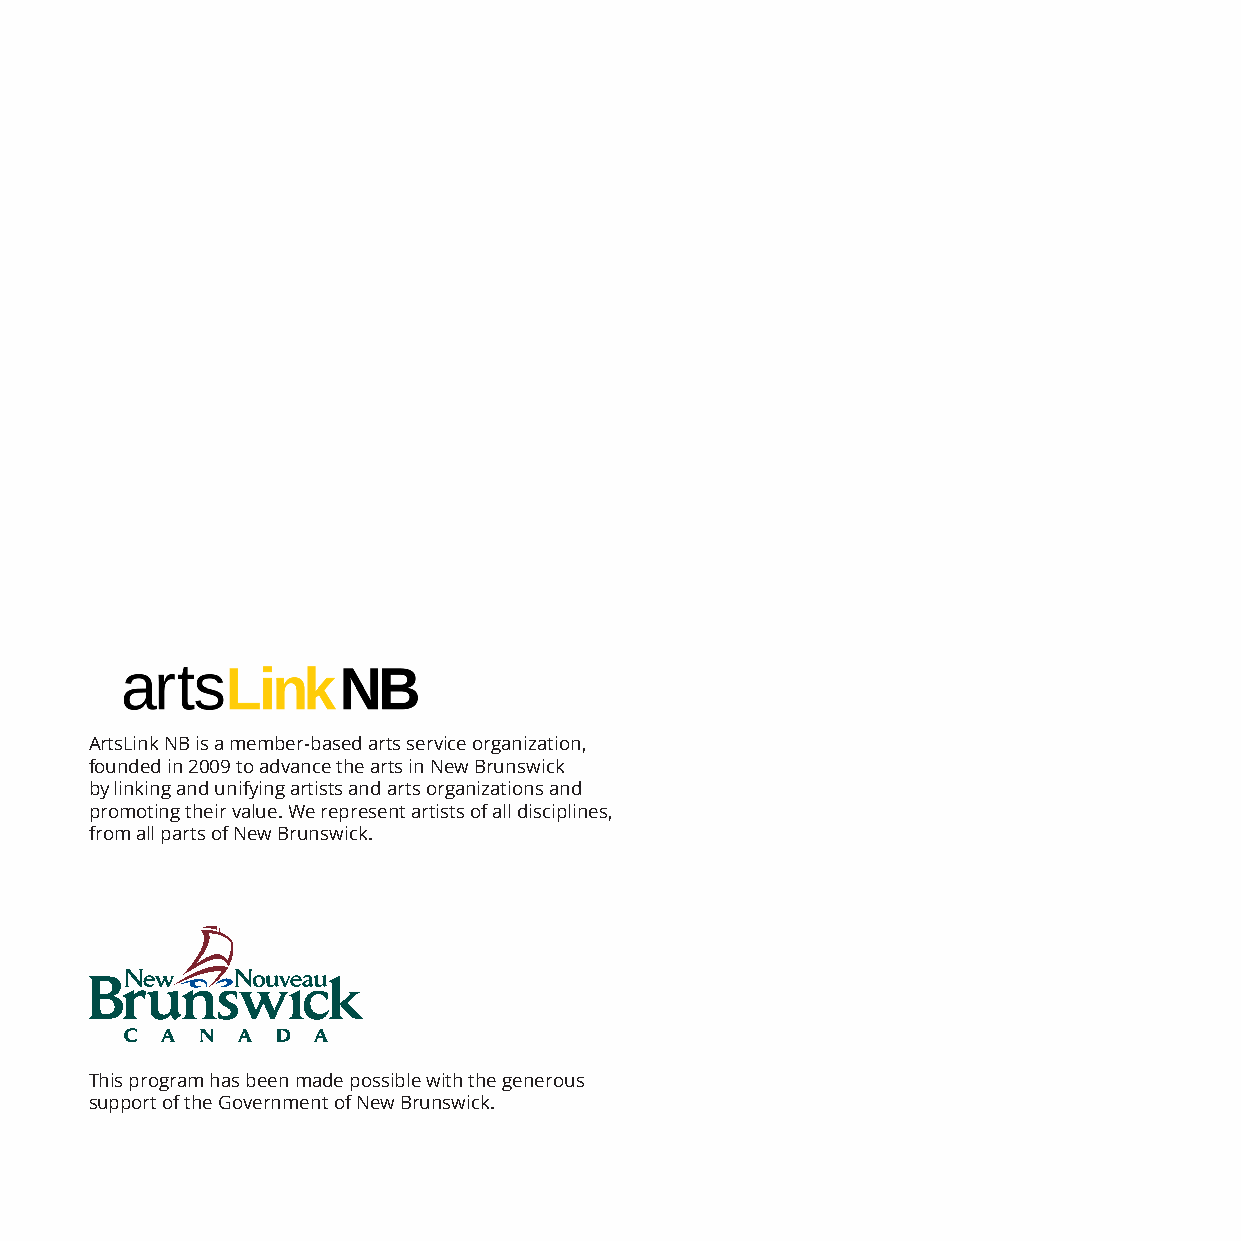
ArtsLink NB is a member-based arts service organization,
 founded in 2009 to advance the arts in New Brunswick
 by linking and unifying artists and arts organizations and
 promoting their value. We represent artists of all disciplines,
 from all parts of New Brunswick.
 This program has been made possible with the generous
 support of the Government of New Brunswick.